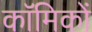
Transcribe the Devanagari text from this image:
काॅमिकों